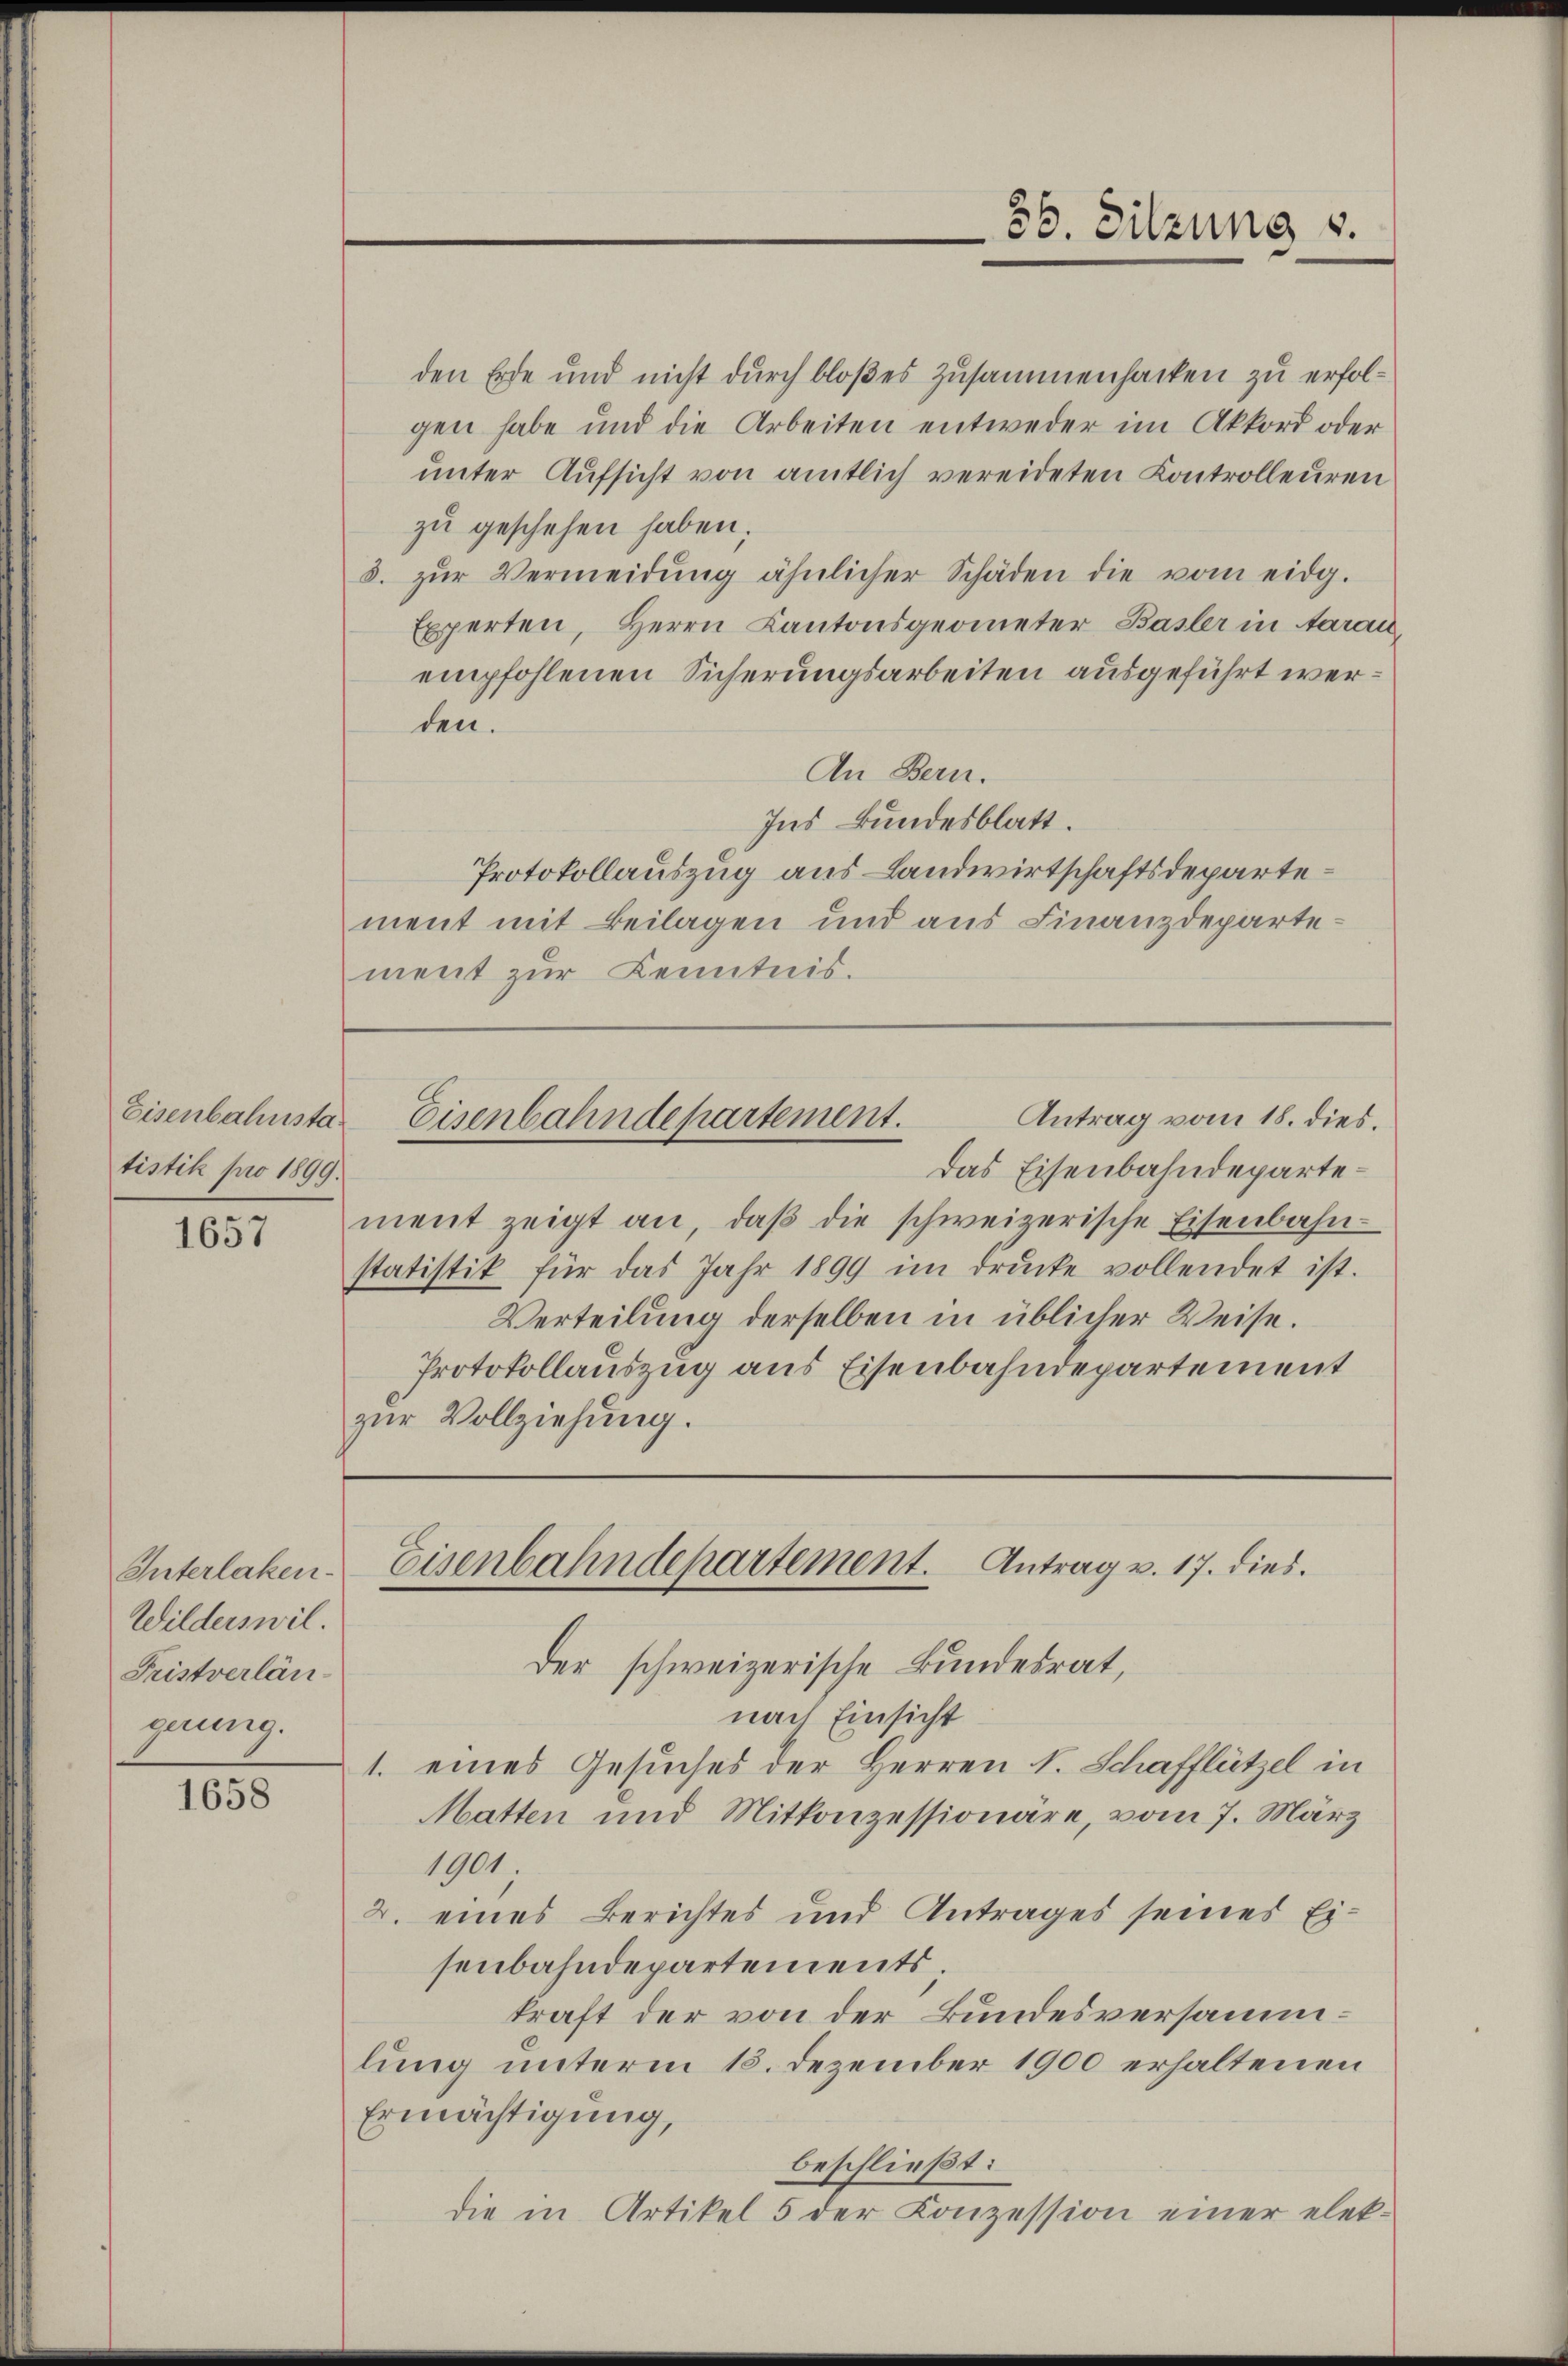
tistik pro 1899.

1657

Interlaken
Wilderswil.
Fristverlängnung.

1658

den Erde und nicht durch bloßes Zusammenhacken zu erfolgen habe und die Arbeiten entweder im Akkord oder
ŭnter Aŭfsicht von amtlich vereideten Controlleuren
zu geschehen haben;
3. zŭr Vermeidŭng ähnlicher Schäden die vom eidg.
Experten, Herrn Kantonsgeometer Basler in Aarau
empfohlenen Sicherungsarbeiten ausgeführt werden.
An Bern.
Ins Bundesblatt.
Protokollauszug aus Landwirtschaftsdepartement mit Beilagen und aus Finanzdepartement zur Kenntnis.

Antrag vom 18. dies.
Eisenbahnsta- Eisenbahndepartement.

36. Sitzung u.

Das Eisenbahndepartement zeigt an, daβ die schweizerische Eisenbahn-
statistik für das Jahr 1899 im drŭcke vollendet ist.
Verteilung derselben in üblicher Weise.
Protokollauszug aus Eisenbahndepartement
zur Vollziehung.

Eisenbahndepartement. Antrag v. 17. dies

Der schweizerische Bundesrat,
nach Einsicht
1. eines Gesuches der Herren S. Schafflützel in
Matten und Mitkonzessionäre, vom 7. März
1901.
2. eines Berichtes und Antrages seines Eisenbahndepartements
kraft der von der Bundesversammlung unterm 15. Dezember 1900 erhaltenen
Ermächtigung,
beschließt:
die in Artikel 5 der Konzession einer elek¬